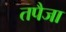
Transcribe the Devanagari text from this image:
तपैजा